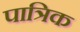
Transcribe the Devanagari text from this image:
पात्रिक